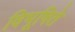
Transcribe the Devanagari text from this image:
विभूषिते